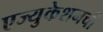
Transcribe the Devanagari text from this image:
एज्युकेशनची